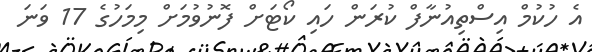
އެ ހުކުމް އިސްތިއުނާފް ކުރަން ހައި ކޯޓަށް ފޮނުވުމަށް މިމަހުގެ 17 ވަނަ